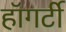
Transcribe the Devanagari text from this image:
हॉगर्टी